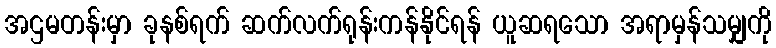
အဌမတန်းမှာ ခုနစ်ရက် ဆက်လက်ရုန်းကန်နိုင်ရန် ယူဆရသော အရာမှန်သမျှကို